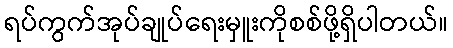
ရပ်ကွက်အုပ်ချုပ်ရေးမှူးကိုစစ်ဖို့ရှိပါတယ်။